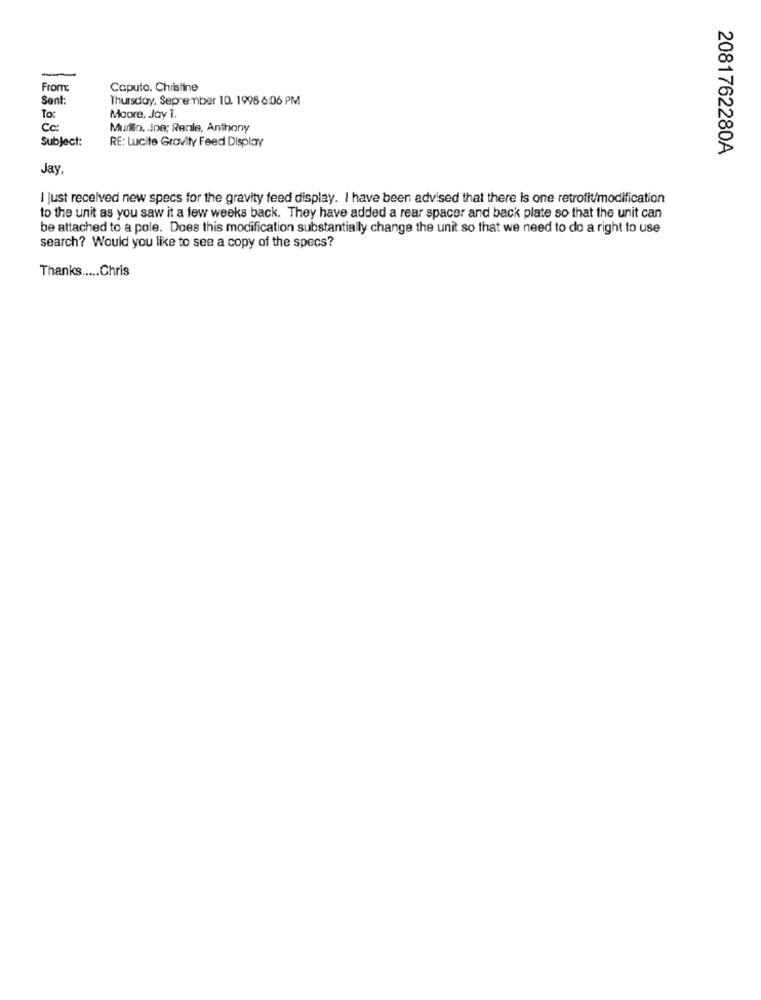
From
Caputo, Christine
Sent:
Thursday, September 10. 1996 6:06 PM
To:
Moore, Jay I.
Cc:
Murilo. Joe; Renle, Anthony
Subject:
RE: Lucite Gravity Feed Display
2081762280A
Jay
I Just received new specs for the gravity feed display. I have been advised that there is one retrofit/modification
to the unit as you saw it a few weeks back. They have added a rear spacer and back plate so that the unit can
be attached to a pole. Does this modification substantially change the unit so that we need to do a right to use
search? Would you like to see a copy of the specs?
Thanks ..... Chris